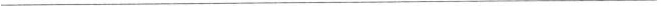
___